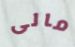
مالى